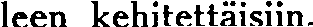
leen kehitettäisiin.